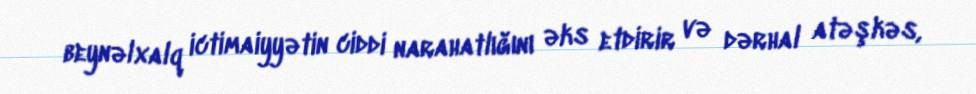
beynəlxalq ictimaiyyətin ciddi narahatlığını əks etdirir və dərhal atəşkəs,